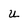
Character: u